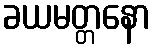
ခယမတ္တနော